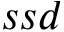
s s d